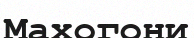
Махогони